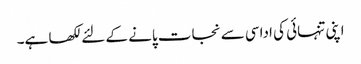
اپنی تنہائی کی اداسی سے نجات پانے کے لئے لکھا ہے۔